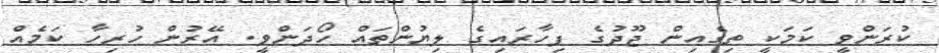
ކުރަންވީ ކަމަކީ ތިގެއިން ޖޫދުގެ ފިހާރައިގެ ލިޔުންތައް ހޯދަންވީ. އޭރުން ހުރިހާ ކަމެއް